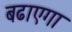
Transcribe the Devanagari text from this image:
बढाएगा